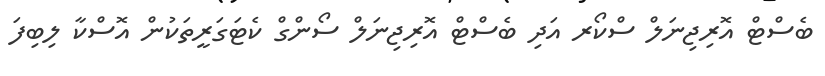
ބެސްޓް އޮރިޖިނަލް ސްކޯރ އަދި ބެސްޓް އޮރިޖިނަލް ސޯންގް ކެޓަގަރީތަކުން އޮސްކާ ލިބިފަ